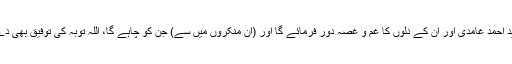
جاوید احمد غامدی اور اُن کے دلوں کا غم و غصہ دور فرمائے گا اور (اِن منکروں میں سے) جن کو چاہے گا، اللہ توبہ کی توفیق بھی دے گا۔